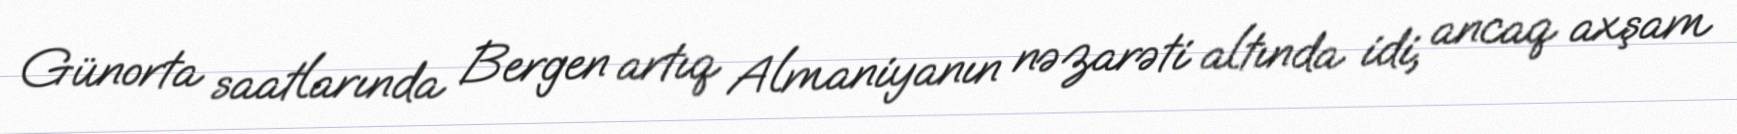
Günorta saatlarında Bergen artıq Almaniyanın nəzarəti altında idi, ancaq axşam